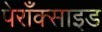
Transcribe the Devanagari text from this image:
पेराँक्साइड